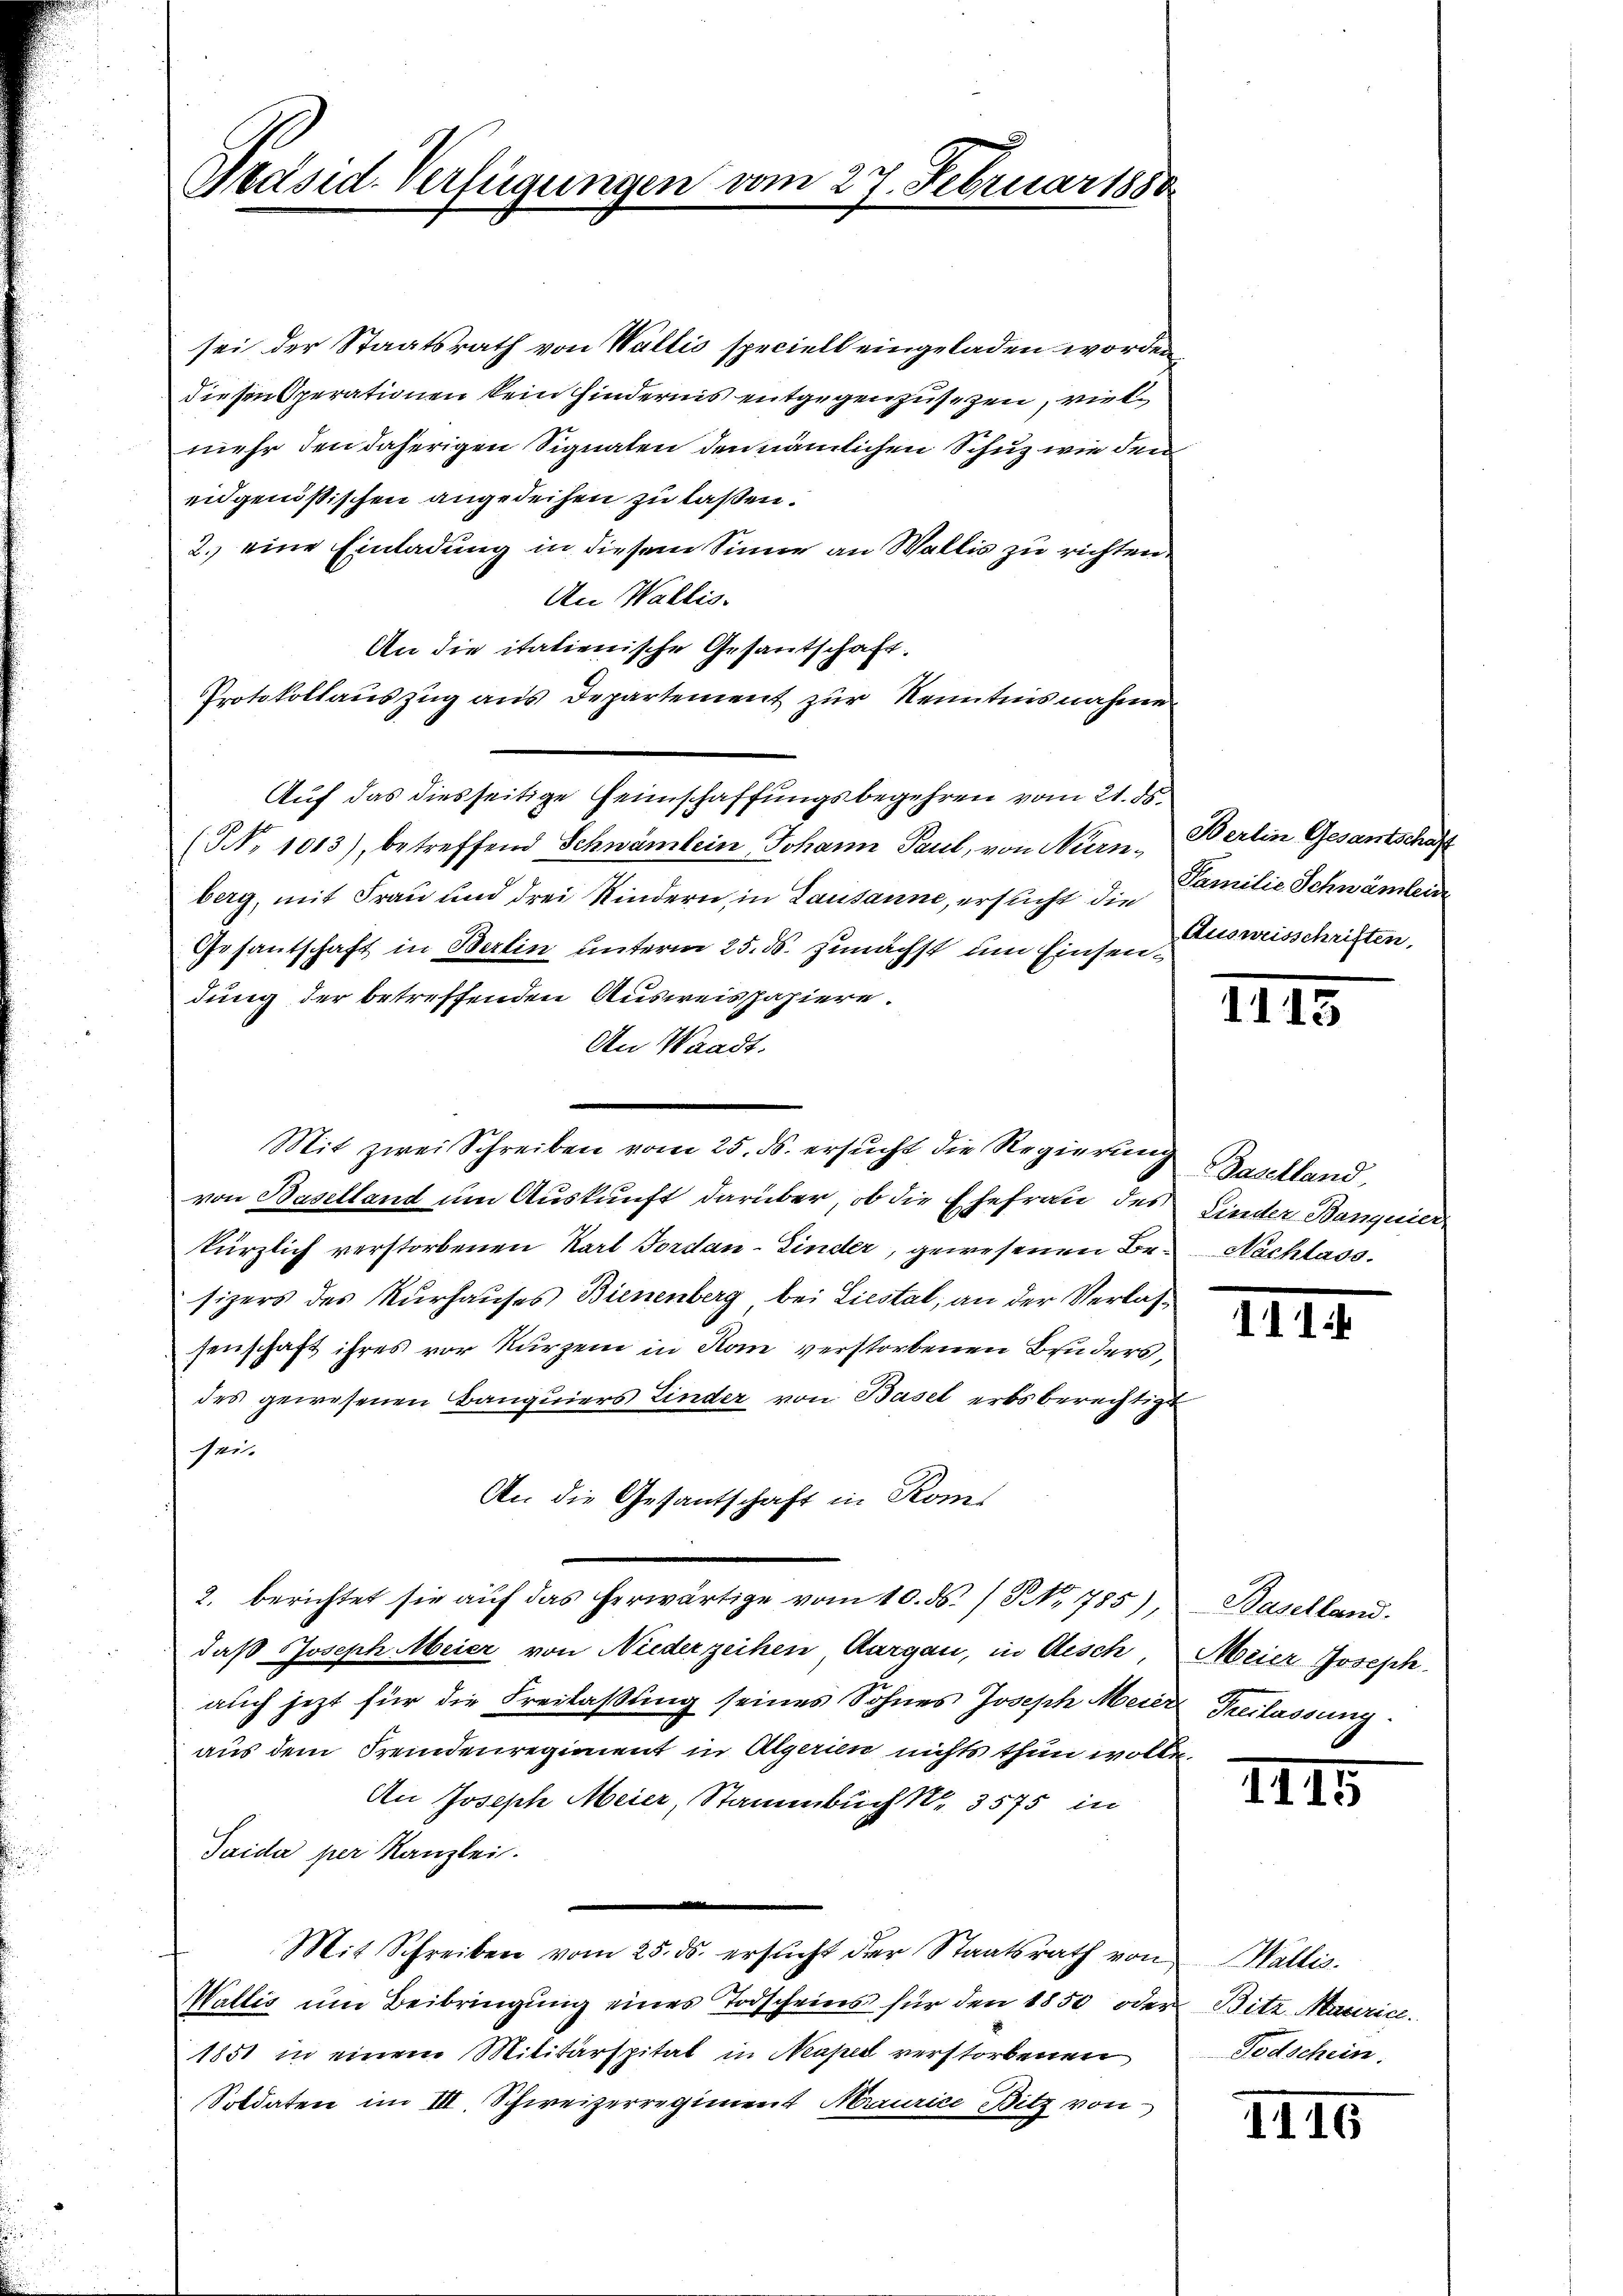
Präsid. Verfügungen vom 27. Februar 188.

sei der Staatsrath von Wallis speciell eingeladen worden
diesen Operationen kein hindernis entgegenzusetzen, viel
mehr den daherigen Signaten den nämlichen Schuz wie den
eidgenößischen angedeihen zu laßen.
2. eine Einladung in diesem Sinne an Wallis zu richten
An Wallis.
An die italienische Gesantschaft.
Protokollauszug aus Departement zur Kenntnisnahme
(NNo. 1013), betreffend Schwämlein Johann Paul, von Nürnberg, mit Frau und drei Kindern in Lausanne, ersucht die
Gesantschaft in Berlin unterm 25. ds. zunächst um Einsen Zuweisschriften,
dung der betreffenden Ausweisspapiere.
An Waadt.
von Baselland um Auskunft darüber, ob die Ehefrau des Kinder Banquier
kürzlich verstorbenen Karl Jordan-Linder, gewesenen Be- Nachlass.
sizers des Nurhauses Bienenberg, bei Liestal, an der Verlassenschaft ihres vor kurzem in Rom verstorbenen Bruders
des gewesenen Banquiers Linder von Basel erbsberechtigt
sei.
An die Gesantschaft in Kons
2. berichtet sie auf das herwärtige vom 10. ds. S. 1785),
daß Joseph Meier von Niederzeihen Aargau, in disch,
auch jetzt für die Freilassung seines Sohnes Joseph Meier Freilassung
aus dem Freindenregiment in Algerien nichts thun wolle.
An Joseph Meier, Stammbuch S. 3575 in
Taida per Kanzlei.

Mit Schreiben vom 25. ds. ersucht der Staatsrath von
Wallis um Beibringung eines Todscheins für den 1850 oder
1851 in einem Militärspital in Neapel verstorbenen
Soldaten im III. Schweizerregiment Maurice Bitz von

Auf das diesseitige Heimschaffungsbegehren vom 21. ds.

Mit zwei Schreiben vom 25. ds. ersucht die Regierung Baselland,

Berlin Gesantschaft
Familie Schwämlein

1113

IIII.

Baselland.
Meier Joseph.

III5

Wallis.
Bitz. Materia.
Todschein.

IIIG